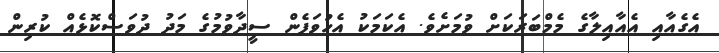
އެގެއާއި އެއާއިލާގެ މެމްބަރަކަށް ވުމަށެވެ. އެކަމަކު އެހުވަފެން ސީދާވުމުގެ މަދު ދުވަސްކޮޅެއް ކުރިން